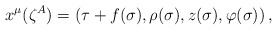
\begin{align*}x^{\mu} (\zeta^{A}) = (\tau + f(\sigma), \rho(\sigma), z(\sigma),\varphi(\sigma)) \, ,\end{align*}